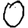
Digit: 0